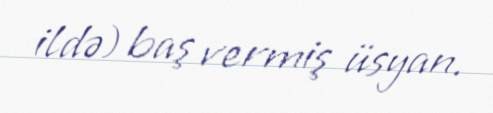
ildə) baş vermiş üsyan.